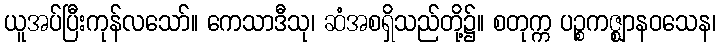
ယူအပ်ပြီးကုန်လသော်။ ကေသာဒီသု၊ ဆံအစရှိသည်တို့၌။ စတုက္က ပဉ္စကဇ္ဈာနဝသေန၊